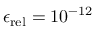
\epsilon _ { \mathrm { r e l } } = 1 0 ^ { - 1 2 }